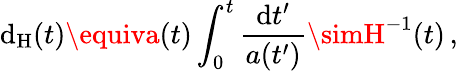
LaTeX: \mathrm{d}_{\mathrm{{H}}}(t)\equiva(t)\int_{0}^{t}{\frac{{\mathrm{d}t^{\prime}}}{{a(t^{\prime})}}}\simH^{-1}(t)\, ,